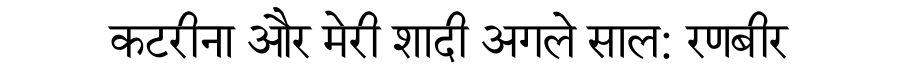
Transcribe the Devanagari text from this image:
कटरीना और मेरी शादी अगले साल: रणबीर